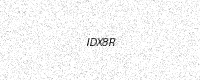
Text: IDX8R